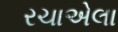
રચાએલા